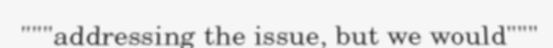
"""addressing the issue, but we would"""